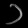
Digit: ၁